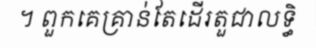
។ ពួកគេគ្រាន់តែដើរតួជាលទ្ធិ